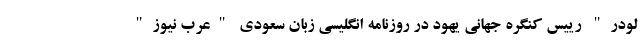
لودر" رییس کنگره جهانی یهود در روزنامه انگلیسی زبان سعودی "عرب نیوز"